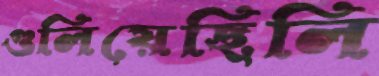
গুলিয়েছিলি